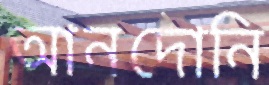
আনদোনি